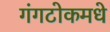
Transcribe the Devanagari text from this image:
गंगटोकमधे